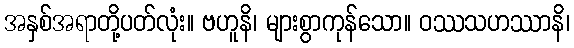
အနှစ်အရာတို့ပတ်လုံး။ ဗဟူနိ၊ များစွာကုန်သော။ ဝဿသဟဿာနိ၊